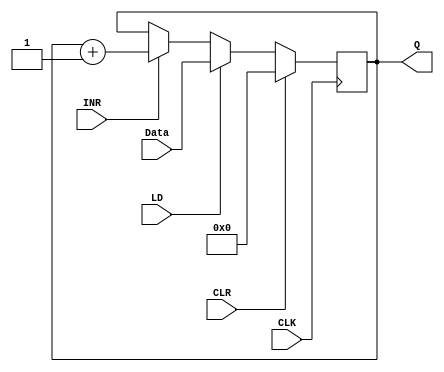
module REG_11(Q, INR, Data, LD, CLK, CLR);

	output reg [11:0] Q;
	input [11:0] Data;
	input INR, LD, CLK, CLR;
	
	initial Q = 0;
	
	always @(posedge CLK)
	
	begin
		if(CLR)
			Q <= 16'b0;
		else if(LD)
			Q <= Data;
		else if(INR)
			Q <= Q + 1;
	end
	
endmodule